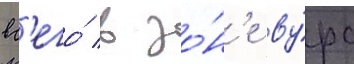
вс'его́ в зо́н'е ву́рс